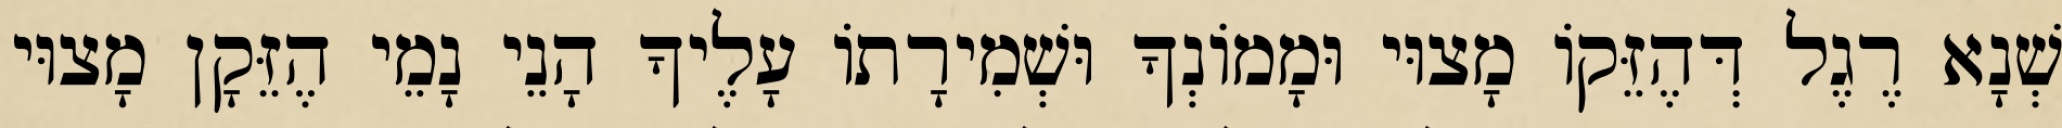
שְׁנָא רֶגֶל דְּהֶזֵּקוֹ מָצוּי וּמָמוֹנְךָ וּשְׁמִירָתוֹ עָלֶיךָ הָנֵי נָמֵי הֶזֵּקָן מָצוּי